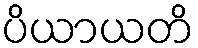
ပိယာယတိ